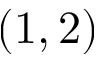
( 1 , 2 )